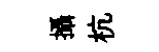
攝杭